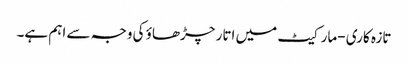
تازہ کاری -مارکیٹ میں اتار چڑھاؤ کی وجہ سے اہم ہے۔